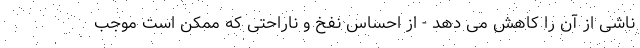
ناشی از آن را کاهش می دهد - از احساس نفخ و ناراحتی که ممکن است موجب